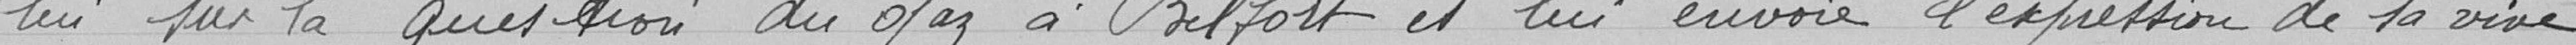
par lui sur la question du gaz à Belfort et lui envoie l'expression de sa vive